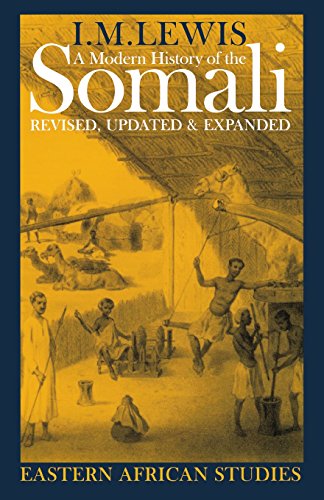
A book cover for A Modern History of the Somali: Nation and State in the Horn of Africa (Eastern African Studies); I.M. Lewis; History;